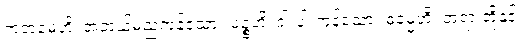
ကတမေဟိ၊ အဘယ်မည်ကုန်သော။ ပဉ္စဟိ၊ ငါးပါးကုန်သော။ ဓမ္မေဟိ၊ တရားတို့နှင့်။